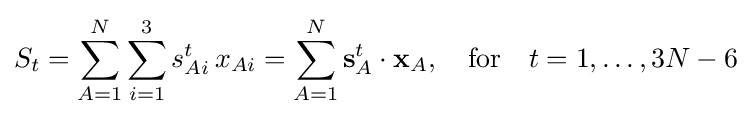
S_{t}=\sum _{A=1}^{N}\sum _{i=1}^{3}s_{Ai}^{t}\,x_{Ai}=\sum _{A=1}^{N}\mathbf {s} _{A}^{t}\cdot \mathbf {x} _{A},\quad \mathrm {for} \quad t=1,\ldots ,3N-6